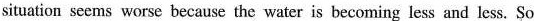
situation seems worse because the water is becoming less and less.So